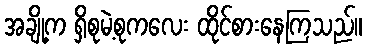
အချို့က ရှိစုမဲ့စုကလေး ထိုင်စားနေကြသည်။